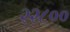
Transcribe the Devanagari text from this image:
२२८००